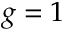
g = 1